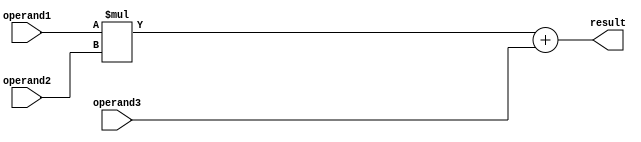
module FMA_unit (
    input wire [31:0] operand1,
    input wire [31:0] operand2,
    input wire [31:0] operand3,
    output reg [31:0] result
);

// Intermediate variables for multiplication and addition
reg [63:0] mult_result;
reg [63:0] add_result;

// Perform the multiplication operation first
always @(*) begin
    mult_result = operand1 * operand2;
end

// Perform the addition operation with the result of multiplication
always @(*) begin
    add_result = mult_result + operand3;
end

// Rounding and normalization logic (not specified in detail)
// Error checking and exception handling logic goes here

// Assign the final result after rounding and normalization
assign result = add_result[31:0];  

endmodule